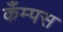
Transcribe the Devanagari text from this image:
कँम्पस